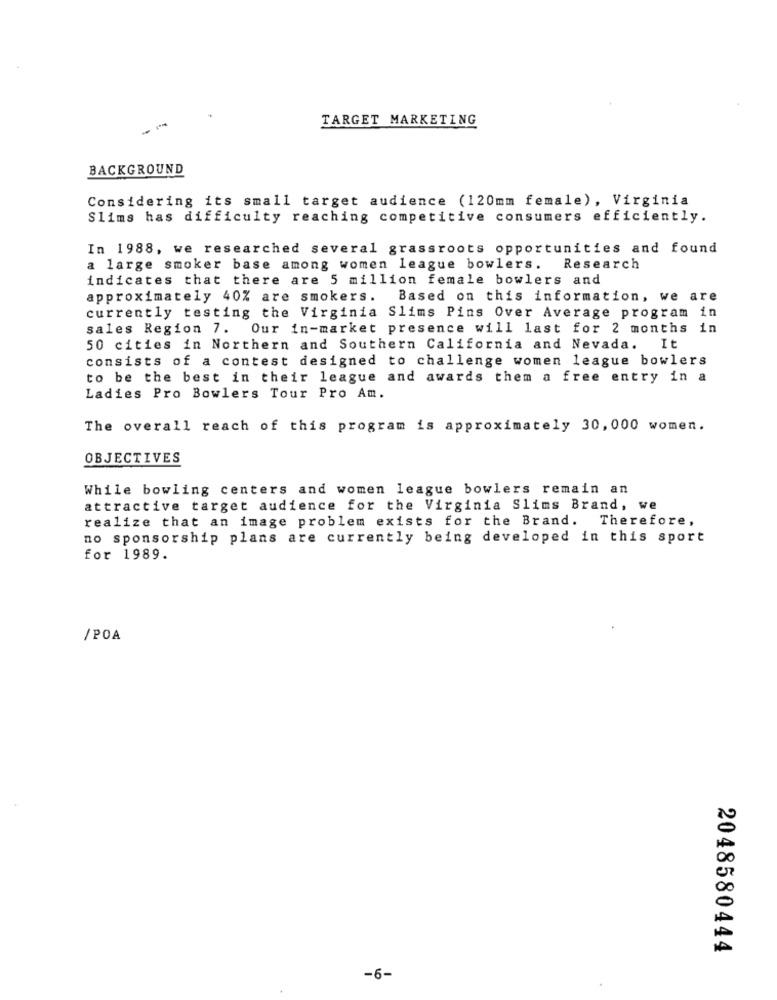
TARGET MARKETING
BACKGROUND
Considering its small target audience (120mm female), Virginia
Slims has difficulty reaching competitive consumers efficiently.
In 1988, we researched several grassroots opportunities and found
a large smoker base among women league bowlers.
Research
indicates that there are 5 million female bowlers and
approximately 40% are smokers.
Based on this information, we are
currently testing the Virginia Slims Pins Over Average program in
sales Region 7. Our in-market presence will last for 2 months
in
50 cities in Northern and Southern California and Nevada.
It
consists of a contest designed to challenge women league bowlers
to be the best in their league and awards them a free entry in a
Ladies Pro Bowlers Tour Pro Am.
The overall reach of this program is approximately 30, 000 women.
OBJECTIVES
While bowling centers and women league bowlers remain an
attractive target audience for the Virginia Slims Brand, we
realize that an image problem exists for the Brand. Therefore,
no sponsorship plans are currently being developed in this sport
for 1989.
/POA
0
A
2048580444
-6-